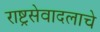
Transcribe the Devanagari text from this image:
राष्ट्रसेवादलाचे